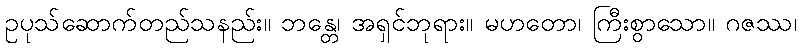
ဥပုသ်ဆောက်တည်သနည်း။ ဘန္တေ၊ အရှင်ဘုရား။ မဟတော၊ ကြီးစွာသော။ ဂဇဿ၊